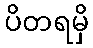
ပိတရမှိ